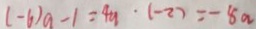
( - 6 ) a - 1 = 4 a \cdot ( - 2 ) = - 8 a